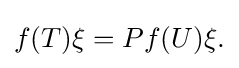
\displaystyle {f(T)\xi =Pf(U)\xi .}